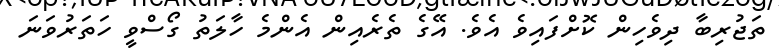
ތަޖުރިބާ ދިވެހިން ކޮށްފައިވެ އެވެ. އޭގެ ތެރެއިން އެންމެ ހާލަތު ގޯސްވީ ހަތަރުވަނަ